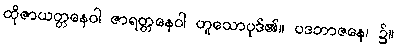
ထိုဇာယတ္တနေဝါ ဇာရတ္တနေဝါ ဟူသောပုဒ်၏။ ပဒဘာဇနေ၊ ၌။